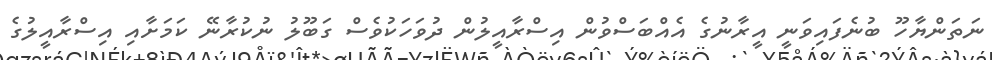
ނަތަންޔާހޫ ބުނެފައިވަނީ އީރާނުގެ އެއްބަސްވުން އިސްރާއީލުން ދުވަހަކުވެސް ގަބޫލު ނުކުރާނޭ ކަމަށާއި އިސްރާއީލުގެ